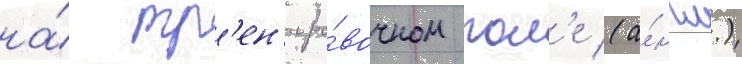
на́ тр'ен'иро́вочном пол'е (а́нгл.)